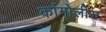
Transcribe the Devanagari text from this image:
कांगोलीस